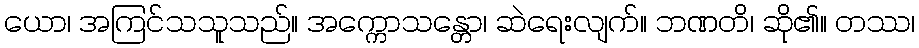
ယော၊ အကြင်သသူသည်။ အက္ကောသန္တော၊ ဆဲရေးလျက်။ ဘဏတိ၊ ဆို၏။ တဿ၊